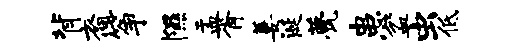
背裔筝隰盂胥萋涎甍患盆虫低